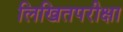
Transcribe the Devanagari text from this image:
लिखितपरीक्षा